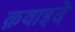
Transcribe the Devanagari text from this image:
क़वाइदे